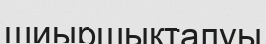
шиыршықталуы